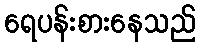
ရေပန်းစားနေသည်